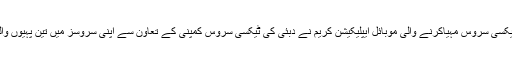
جمعہ 11 مئی 2018 ء) دبئی میں ٹیکسی سروس مہیاکرنے والی موبائل ایپلیکیشن کریم نے دبئی کی ٹیکسی سروس کمپنی کے تعاون سے اپنی سروسز میں تین پہیوں والی موٹرسائیکل بھی متعارف کرا دی ۔